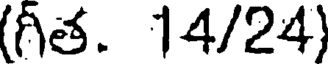
(గీత. 14/24)